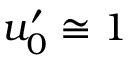
u _ { 0 } ^ { \prime } \cong 1